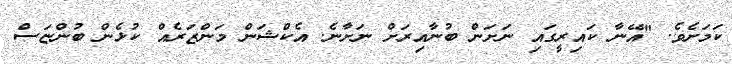
ކަމަށެވެ. "އޭނާ ކައިރީގައި ނަށަން ބުނާއިރަށް ނަށާނެ. އެކްޝަން މަންޒަރެއް ކުޅެން ބުންޏަސް